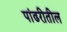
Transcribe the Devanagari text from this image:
पांढरीतील